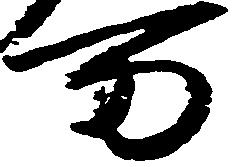
万